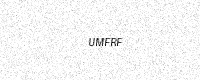
Text: UMFRF